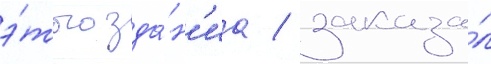
э́того зда́н'иа / заказа́л